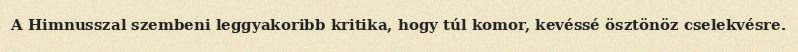
A Himnusszal szembeni leggyakoribb kritika, hogy túl komor, kevéssé ösztönöz cselekvésre.